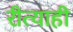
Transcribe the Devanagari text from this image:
रीत्याही